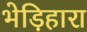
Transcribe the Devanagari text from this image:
भेड़िहारा